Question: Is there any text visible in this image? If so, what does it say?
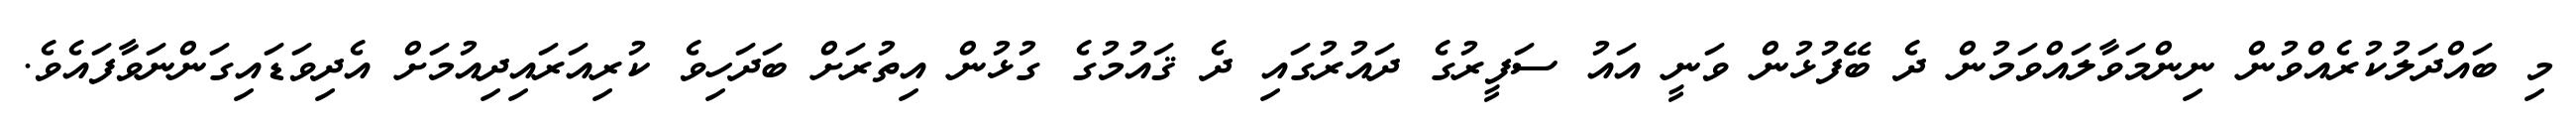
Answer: މި ބައްދަލުކުރެއްވުން ނިންމަވާލައްވަމުން ދެ ބޭފުޅުން ވަނީ އައު ސަފީރުގެ ދައުރުގައި ދެ ޤައުމުގެ ގުޅުން އިތުރަށް ބަދަހިވެ ކުރިއަރައިދިއުމަށް އެދިވަޑައިގަންނަވާފައެވެ.